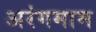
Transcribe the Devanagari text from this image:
अरंगमाम